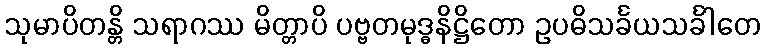
သုမာပိတန္တိ သရာဂဿ မိတ္တာပိ ပဗ္ဗတမုဒ္ဓနိဋ္ဌိတော ဥပဓိသင်္ခယသင်္ခါတေ